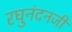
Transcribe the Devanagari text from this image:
रघुनंदनजी